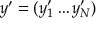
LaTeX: y ^ { \prime } = ( y _ { 1 } ^ { \prime } \ldots y _ { N } ^ { \prime } )